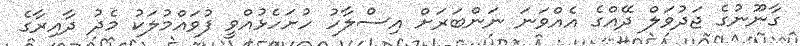
ގާނޫނުގެ ޖަދުވަލް ދޭއްގެ އެއްވަނަ ނަންބަރަށް އިސްލާހު ހުށަހެޅުއްވީ ފުވައްމުލަކު މެދު ދާއިރާގެ